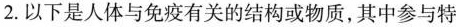
2.以下是人体与免疫有关的结构或物质，其中参与特